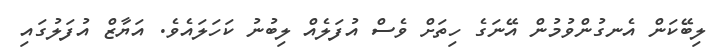
ލިބޭކަން އެނގުންވުމުން އޭނަގެ ހިތަށް ވެސް އުފަލެއް ލިބުނު ކަހަލައެވެ. އަޔާޒް އުފަލުގައި